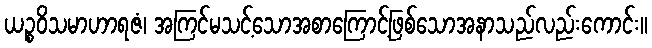
ယဉ္စဝိသမာဟာရဇံ၊ အကြင်မသင့်သောအစာကြောင့်ဖြစ်သောအနာသည်လည်းကောင်း။